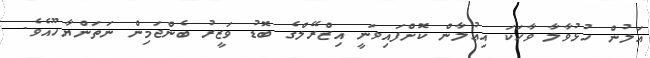
އަލުން ހުޅުވާލާ ވާހަކަ އިޢުލާން ކޮށްފައިވަނީ އިޒްރޭލްގެ ބޮޑު ވަޒީރު ބެންޖަމިން ނަތަންޔާހޫއެވެ.